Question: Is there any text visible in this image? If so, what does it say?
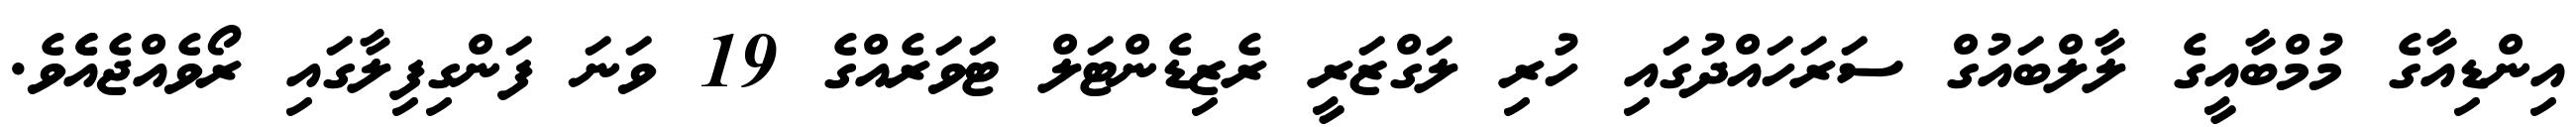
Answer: އިންޑިއާގެ މުމްބާއީގެ ލާލްބައުގް ސަރަހައްދުގައި ހުރި ލަގްޒަރީ ރެޒިޑެންޓަލް ޓަވަރެއްގެ 19 ވަނަ ފަންގިފިލާގައި ރޯވެއްޖެއެެވެ.